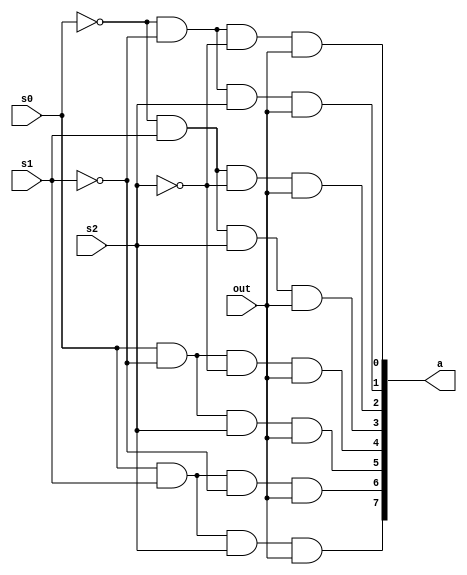
`timescale 1ns / 1ps
//////////////////////////////////////////////////////////////////////////////////
// Company: 
// Engineer: 
// 
// Design Name: 
// Module Name: eightgate
// Project Name: 
// Target Devices: 
// Tool Versions: 
// Description: 
// 
// Dependencies: 
// 
// Revision:
// Revision 0.01 - File Created
// Additional Comments:
// 
//////////////////////////////////////////////////////////////////////////////////


module eightgate(
    input out,
    input s0,
    input s1,
    input s2,
    output [7:0]a
    );
    wire x,y,z;
    not(x,s0);
    not(y,s1);
    not(z,s2);
    and(a[0],x,y,z,out);
    and(a[1],x,y,s2,out);
    and(a[2],x,s1,z,out);
    and(a[3],x,s1,s2,out);
    and(a[4],s0,y,z,out);
    and(a[5],s0,y,s2,out);
    and(a[6],s0,s1,y,out);
    and(a[7],s0,s1,s2,out);
endmodule